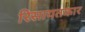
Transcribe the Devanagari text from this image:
रिसायतकार